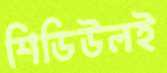
শিডিউলই